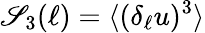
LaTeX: \mathscr{S}_{3}(\ell)=\langle(\delta_{\ell}u)^{3}\rangle